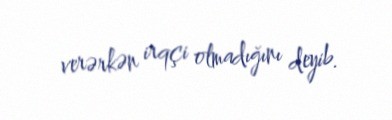
verərkən irqçi olmadığını deyib.